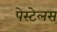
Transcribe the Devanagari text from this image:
पेस्टेलस्